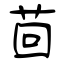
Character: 茴